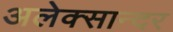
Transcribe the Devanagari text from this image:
अलेक्सान्दर